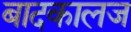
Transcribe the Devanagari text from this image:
बादकालज